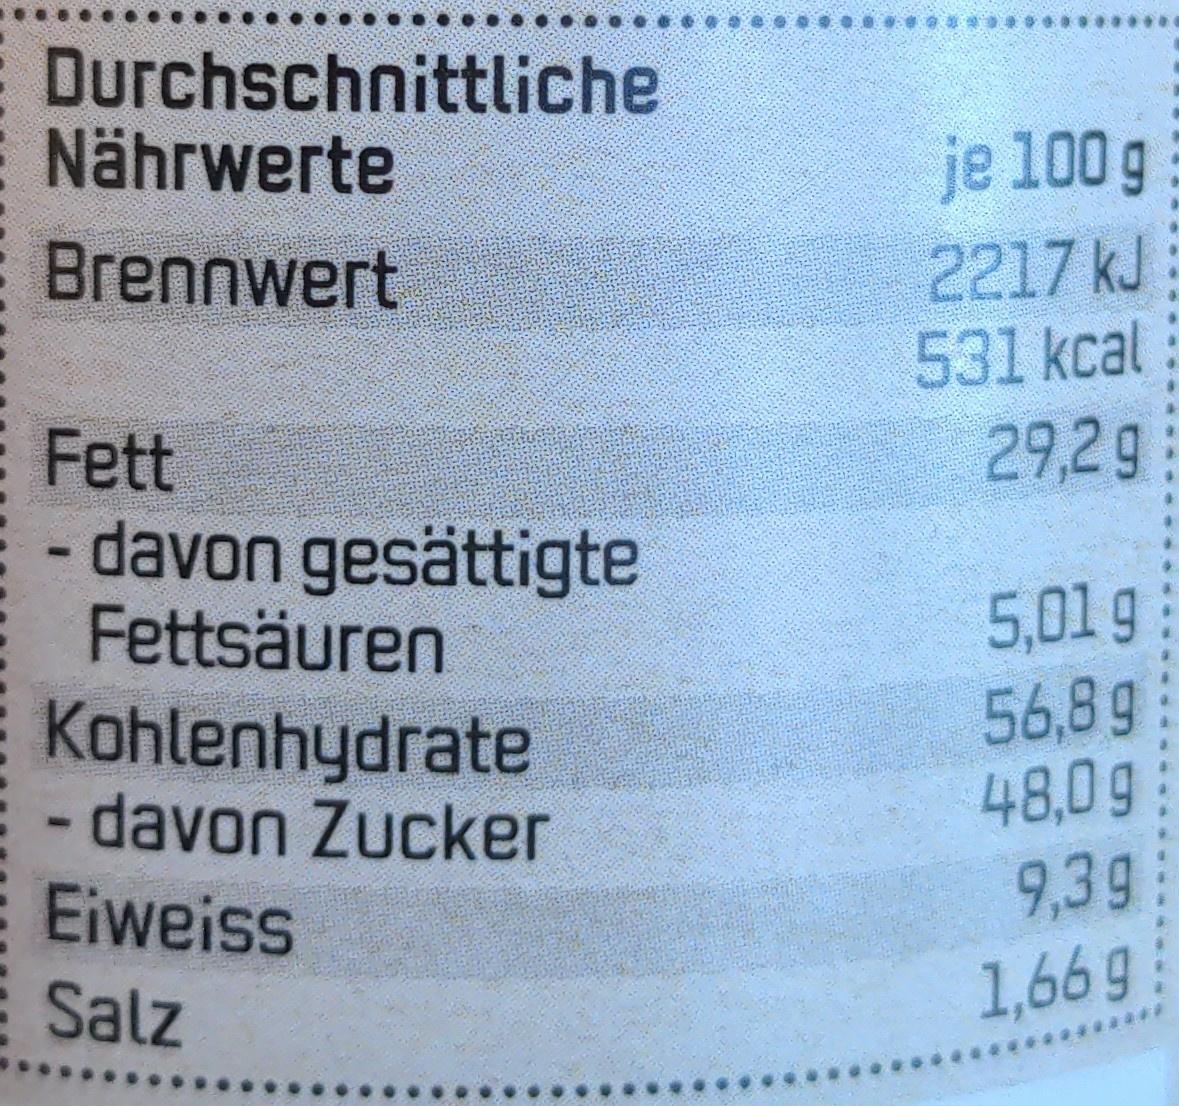
Durchschnittliche Nährwerte
je 100 g 2217 kJ 531 kcal 29,29
Brennwert
Fett - davon gesättigte Fettsäuren
5,01g 56,89 48,0g 9,39
Kohlenhydrate - davon Zucker
E Eiweiss ESalz
1,66g